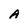
Character: A